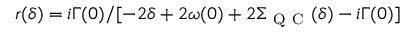
r ( \delta ) = i \Gamma ( 0 ) / [ - 2 \delta + 2 \omega ( 0 ) + 2 \Sigma _ { \mathrm { ~ Q ~ C ~ } } ( \delta ) - i \Gamma ( 0 ) ]